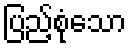
ပြည့်စုံသော